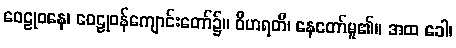
ဝေဠုဝနေ၊ ဝေဠုဝန်ကျောင်းတော်၌။ ဝိဟရတိ၊ နေတော်မူ၏။ အထ ခေါ၊